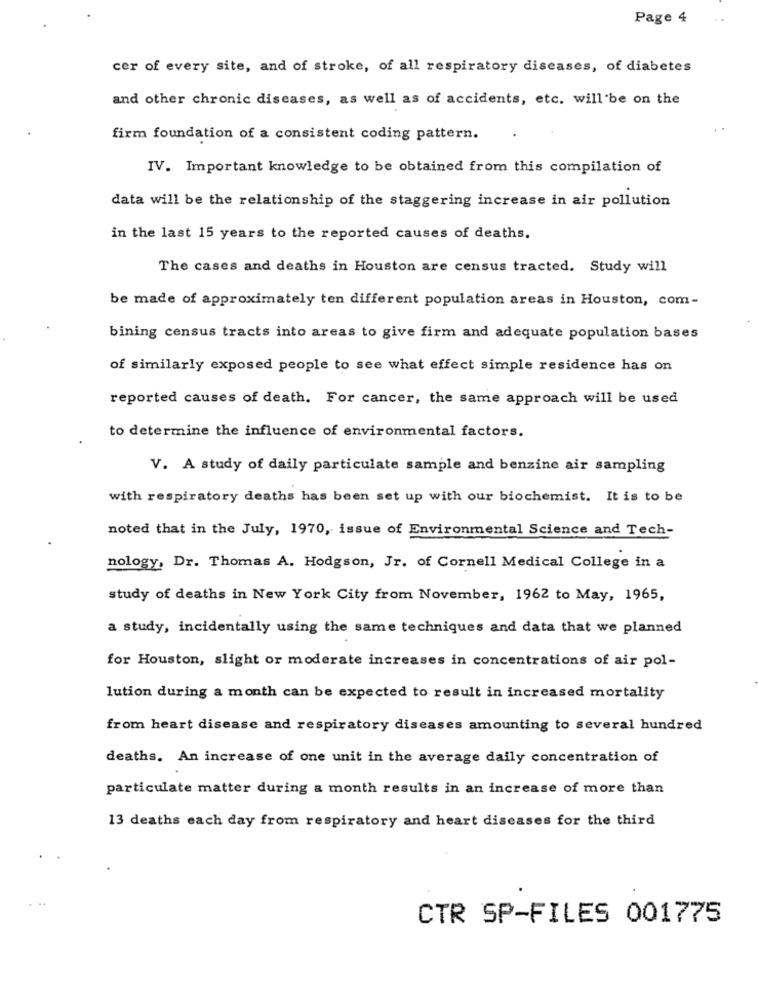
Page 4
cer of every site, and of stroke, of all respiratory diseases, of diabetes
and other chronic diseases, as well as of accidents, etc. will be on the
firm foundation of a consistent coding pattern.
IV. Important knowledge to be obtained from this compilation of
data will be the relationship of the staggering increase in air pollution
in the last 15 years to the reported causes of deaths.
The cases and deaths in Houston are census tracted. Study will
be made of approximately ten different population areas in Houston, com-
bining census tracts into areas to give firm and adequate population bases
of similarly exposed people to see what effect simple residence has on
reported causes of death. For cancer, the same approach will be used
to determine the influence of environmental factors.
V. A study of daily particulate sample and benzine air sampling
with respiratory deaths has been set up with our biochemist. It is to be
noted that in the July, 1970, issue of Environmental Science and Tech-
nology, Dr. Thomas A. Hodgson, Jr. of Cornell Medical College in a
study of deaths in New York City from November, 1962 to May, 1965,
a study, incidentally using the same techniques and data that we planned
for Houston, slight or moderate increases in concentrations of air pol-
lution during a month can be expected to result in increased mortality
from heart disease and respiratory diseases amounting to several hundred
deaths. An increase of one unit in the average daily concentration of
particulate matter during a month results in an increase of more than
13 deaths each day from respiratory and heart diseases for the third
CTR SP-FILES 001775